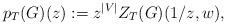
LaTeX: \begin{align*}p_T(G)(z):=z^{|V|}Z_T(G)(1/z,w),\end{align*}